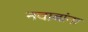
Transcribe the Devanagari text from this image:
नवाबांना